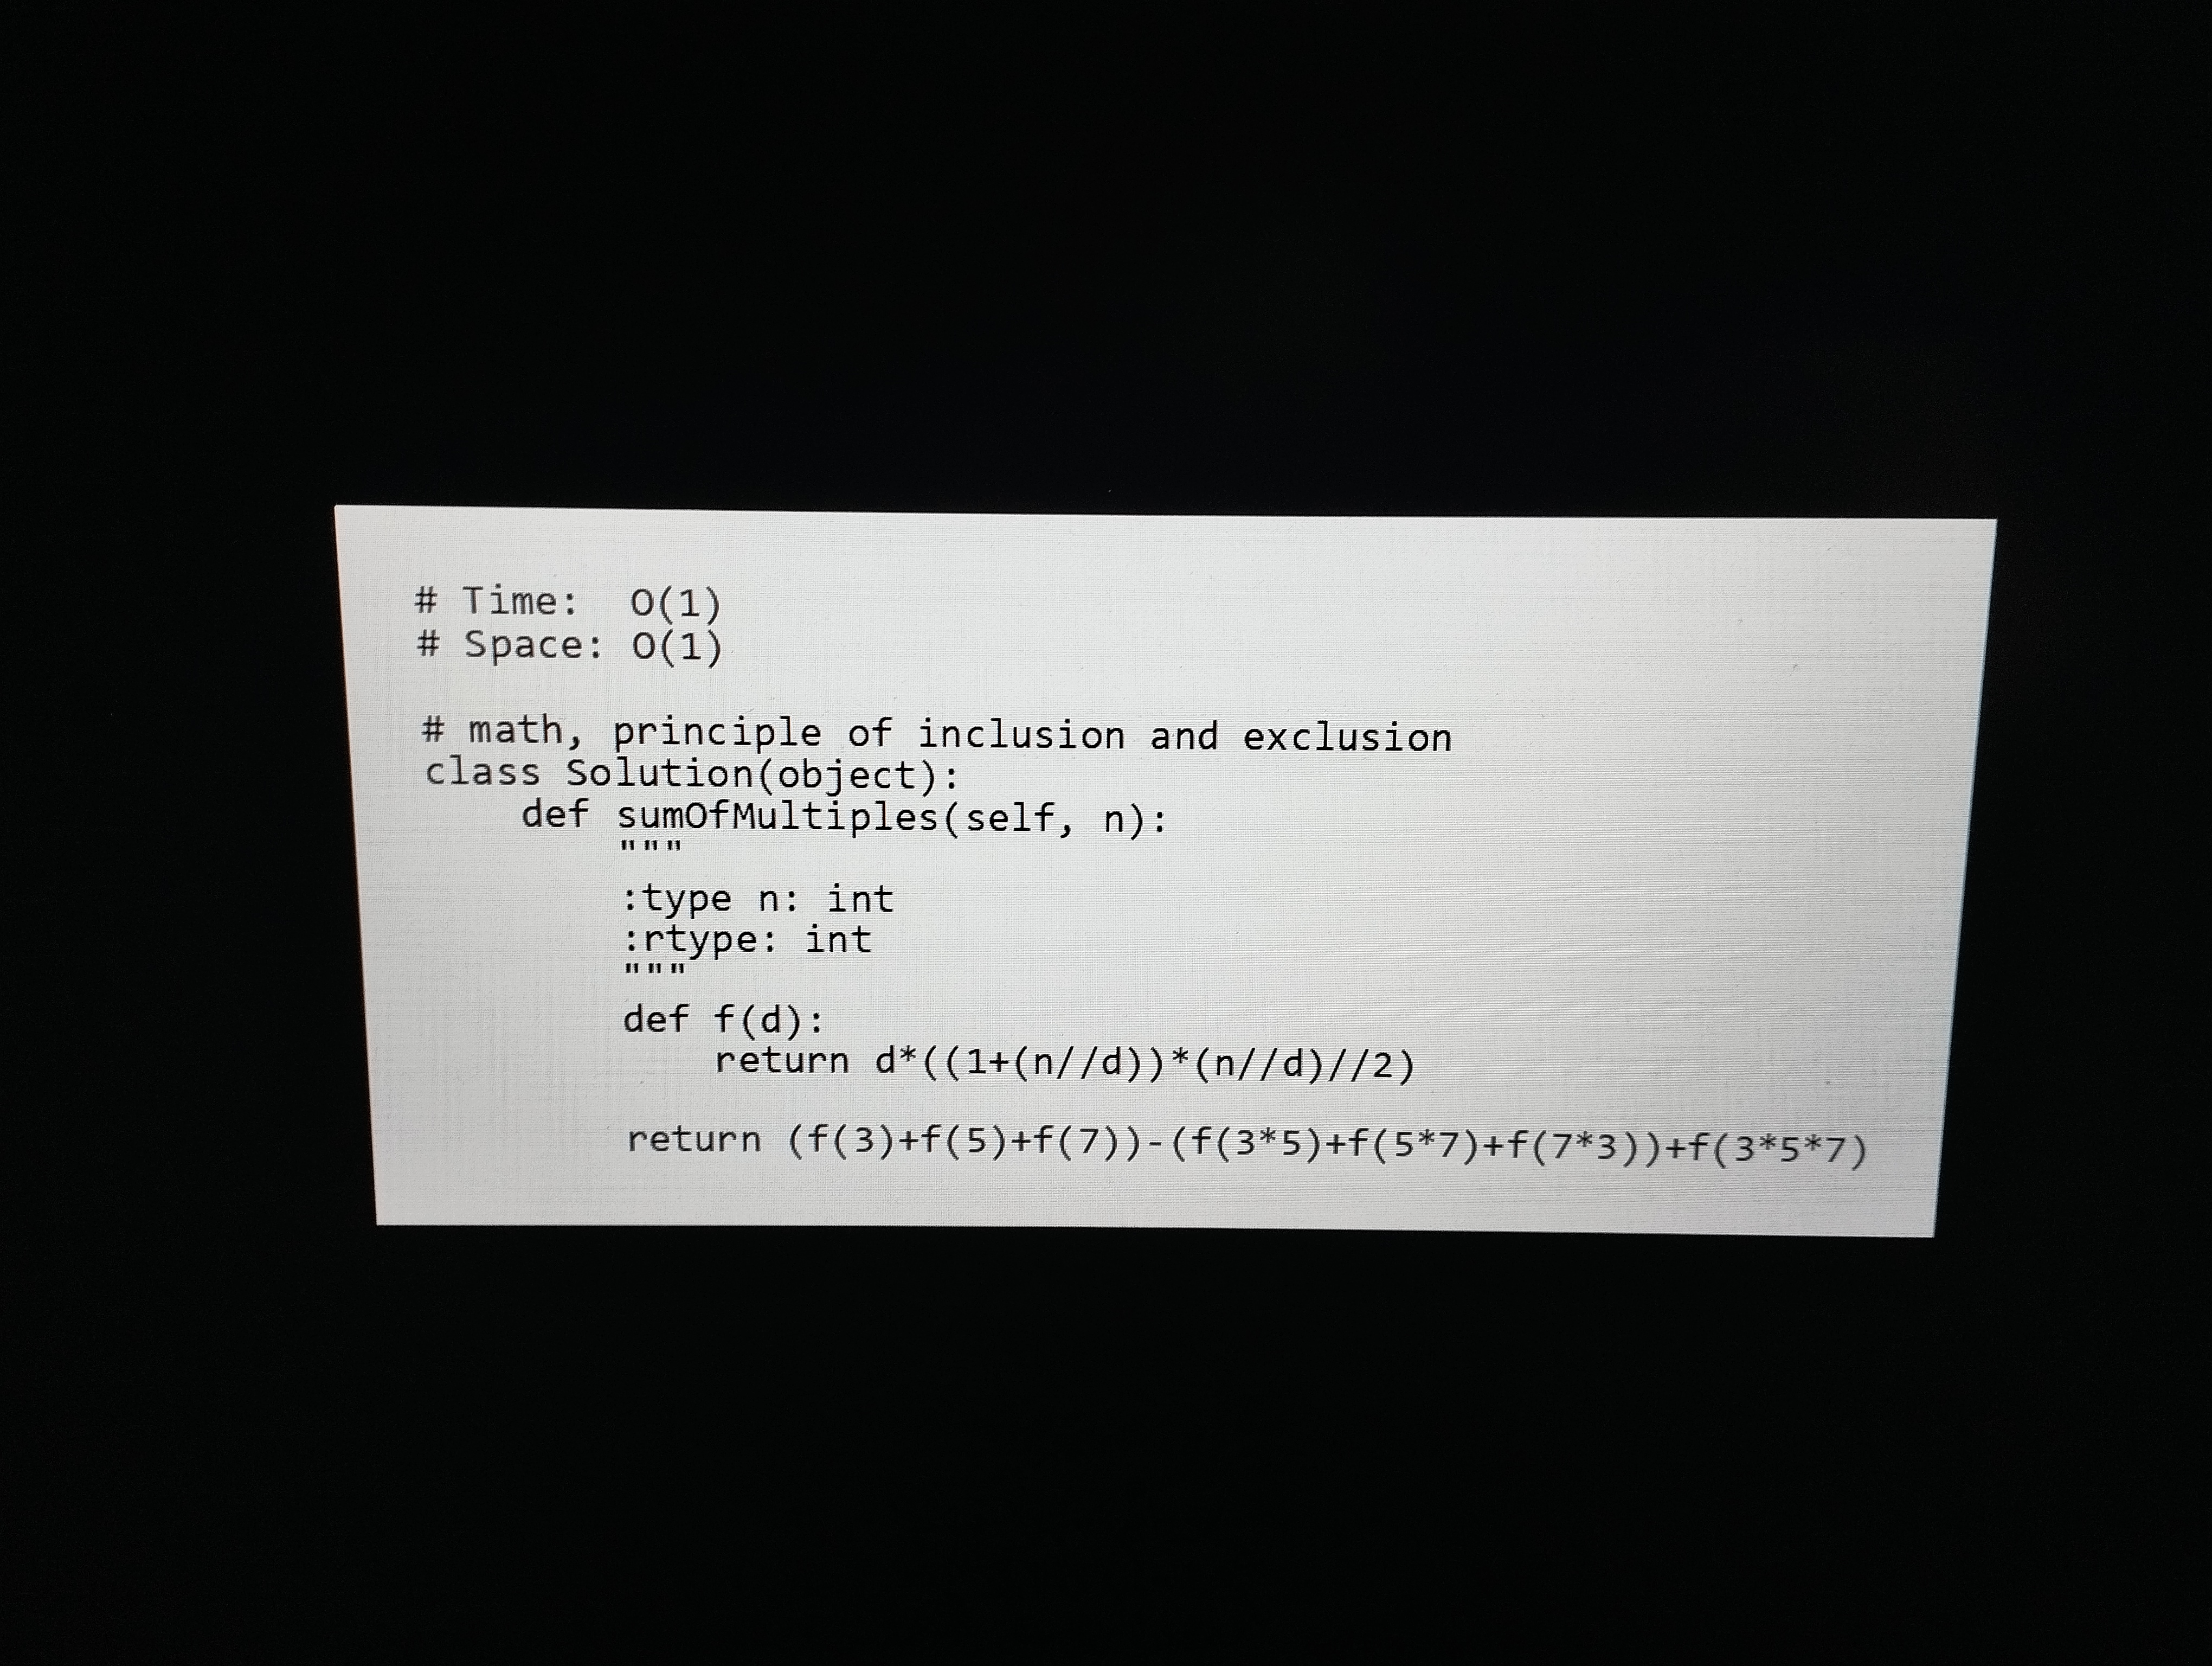
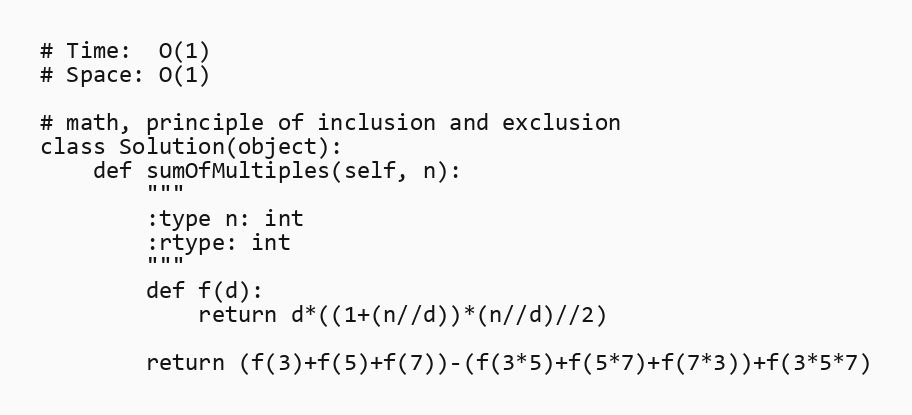
# Time:  O(1)
# Space: O(1)

# math, principle of inclusion and exclusion
class Solution(object):
    def sumOfMultiples(self, n):
        """
        :type n: int
        :rtype: int
        """
        def f(d):
            return d*((1+(n//d))*(n//d)//2)

        return (f(3)+f(5)+f(7))-(f(3*5)+f(5*7)+f(7*3))+f(3*5*7)